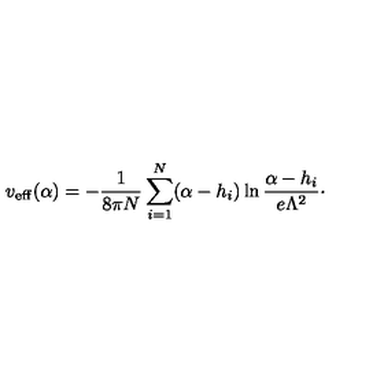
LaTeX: v _ { \mathrm { e f f } } ( \alpha ) = - { \frac { 1 } { 8 \pi N } } \sum _ { i = 1 } ^ { N } ( \alpha - h _ { i } ) \ln { \frac { \alpha - h _ { i } } { e \Lambda ^ { 2 } } } \cdotp